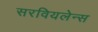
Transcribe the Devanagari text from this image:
सरवियलेन्स